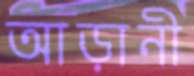
আড়ানী